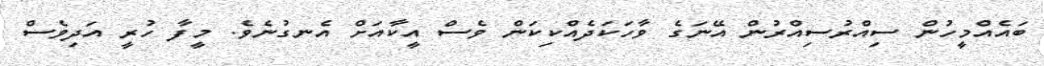
ބައެއްމީހުން ސިއްރުސިއްރުން އޭނަގެ ވާހަކަދެއްކިކަން ވެސް އީކާއަށް އެނގުނެވެ. މީފާ ހުރީ އަދިވެސް